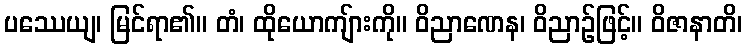
ပဿေယျ၊ မြင်ရာ၏။ တံ၊ ထိုယောကျ်ားကို။ ဝိညာဏေန၊ ဝိညာဉ်ဖြင့်။ ဝိဇာနာတိ၊